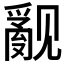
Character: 𰴝